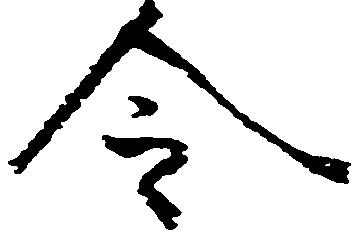
令